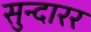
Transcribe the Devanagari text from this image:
सुन्दारर